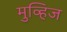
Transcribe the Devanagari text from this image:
मुव्हिज